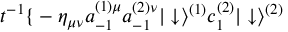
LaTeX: t ^ { - 1 } \mathrm { \Large { \{ } } - \eta _ { \mu \nu } a _ { - 1 } ^ { ( 1 ) \mu } a _ { - 1 } ^ { ( 2 ) \nu } | \downarrow \rangle ^ { ( 1 ) } c _ { 1 } ^ { ( 2 ) } | \downarrow \rangle ^ { ( 2 ) }